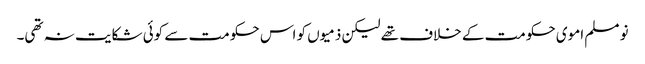
نو مسلم اموی حکومت کے خلاف تھے لیکن ذمیوں کو اس حکومت سے کوئی شکایت نہ تھی۔